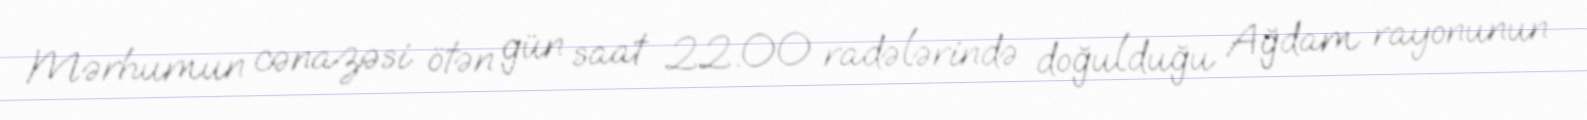
Mərhumun cənazəsi ötən gün saat 22.00 radələrində doğulduğu Ağdam rayonunun